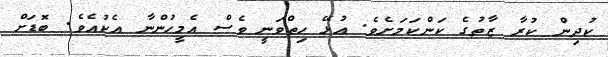
ކުދިން ކުރާ ޒާތުގެ ކަންކަމަށެވެ. އުޅޭ ހިތްވަނީ ވެސް އެމީހުންނާ އެކުއެވެ. ބޮޑަށް